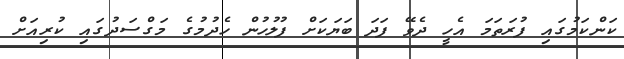
ކަންކަމުގައި ފުރަތަމަ އެހީ ދެވޭ ފަދަ ބަޔަކަށް ފުލުހުން ހެދުމުގެ މަގްސަދުގައި ކުރިއަށް